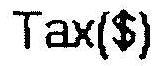
TAX($)